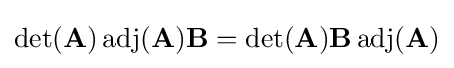
\det(\mathbf {A} )\operatorname {adj} (\mathbf {A} )\mathbf {B} =\det(\mathbf {A} )\mathbf {B} \operatorname {adj} (\mathbf {A} )